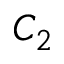
C _ { 2 }